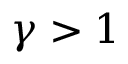
\gamma > 1